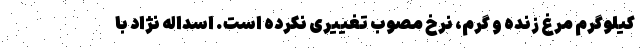
کیلوگرم مرغ زنده و گرم، نرخ مصوب تغییری نکرده است. اسداله نژاد با